Indian journal of veterinary science and animal husbandry - Volumes 18-21, 1948-1951
Year: 1948
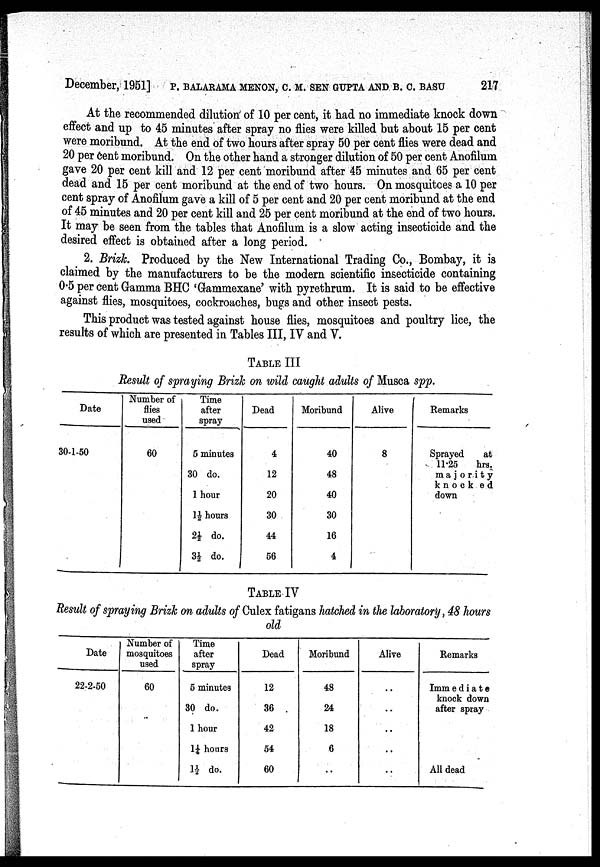
December, 1951] P. BALARAMA MENON, C. M. SEN GUPTA AND B. C. BASU 217
At the recommended dilution of 10 per cent, it had no immediate knock down
effect and up to 45 minutes after spray no flies were killed but about 15 per cent
were moribund. At the end of two hours after spray 50 per cent flies were dead and
20 per cent moribund. On the other hand a stronger dilution of 50 per cent Anofilum
gave 20 per cent kill and 12 per cent moribund after 45 minutes and 65 per cent
dead and 15 per cent moribund at the end of two hours. On mosquitoes a 10 per
cent spray of Anofilum gave a kill of 5 per cent and 20 per cent moribund at the end
of 45 minutes and 20 per cent kill and 25 per cent moribund at the end of two hours.
It may be seen from the tables that Anofilum is a slow acting insecticide and the
desired effect is obtained after a long period.
2. Brizk. Produced by the New International Trading Co., Bombay, it is
claimed by the manufacturers to be the modern scientific insecticide containing
0.5 per cent Gamma BHC 'Gammexane' with pyrethrum. It is said to be effective
against flies, mosquitoes, cockroaches, bugs and other insect pests.
This product was tested against house flies, mosquitoes and poultry lice, the
results of which are presented in Tables III, IV and V.
TABLE III
Result of spraying Brizk on wild caught adults of Musca spp.
Date
30-1-50
Number of
flies
used
60
Time
after
spray
5 minutes
30 do.
1 hour
1½ hours
2½ do.
3½ do.
Dead
4
12
20
30
44
56
Moribund
40
48
40
30
16
4
Alive
8
Remarks
Sprayed
at
11.25
hrs
majority
knocked
down
TABLE IV
Result of spraying Brizk on adults of Culex fatigans hatched in the laboratory, 48 hours
old
Date
22-2-50
Number of
mosquitoes
used
60
..
Time
after
spray
5 minutes
30 do.
1 hour
1¼ hours
1½ do.
Dead
12
36
42
54
60
Moribund
48
24
18
6
..
Alive
..
..
..
..
..
Remarks
Immediate
knock down
after spray
All dead